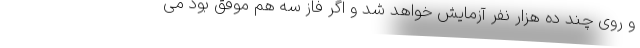
و روی چند ده هزار نفر آزمایش خواهد شد و اگر فاز سه هم موفق بود می